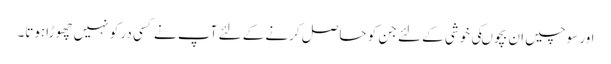
اور سوچیں ان بچوںکی خوشی کے لئے جن کو حاصل کرنے کے لئے آپ نے کسی در کو نہیں چھوڑاہوتا۔